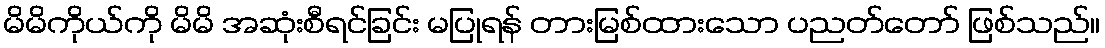
မိမိကိုယ်ကို မိမိ အဆုံးစီရင်ခြင်း မပြုရန် တားမြစ်ထားသော ပညတ်တော် ဖြစ်သည်။